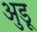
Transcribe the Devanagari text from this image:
अुडू